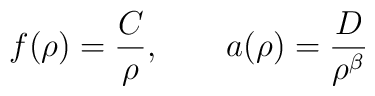
f(\rho)=\frac{C}{\rho} ,\qquad a(\rho)=\frac{D}{\rho^{\beta}}